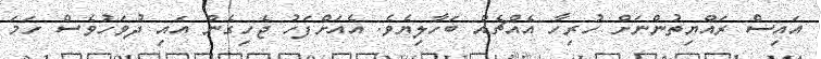
އައިސް ރައްޔިތުންނަށް ހުރިހާ އެއްޗެއް ބަހާލިޔެވެ. އެއަށްފަހު ޖެހިގެން އައި ދުވަހުވެސް ހަމަ